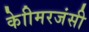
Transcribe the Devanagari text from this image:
केाीमरजंसी